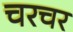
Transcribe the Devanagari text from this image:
चरचर